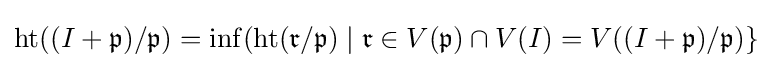
\operatorname {ht} ((I+{\mathfrak {p}})/{\mathfrak {p}})=\operatorname {inf} (\operatorname {ht} ({\mathfrak {r}}/{\mathfrak {p}})\mid {\mathfrak {r}}\in V({\mathfrak {p}})\cap V(I)=V((I+{\mathfrak {p}})/{\mathfrak {p}})\}